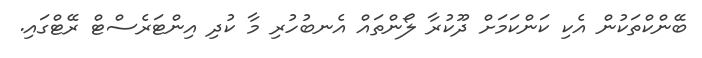
ބޭންކްތަކުން އެކި ކަންކަމަށް ދޫކުރާ ލޯންތައް އެނބުހުރި މާ ކުދި އިންޓަރެސްޓް ރޭޓްގައި.